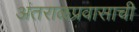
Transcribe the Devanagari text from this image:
अंतराळप्रवासाची